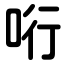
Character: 哘